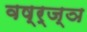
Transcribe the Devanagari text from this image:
वष्र्ज्ञ